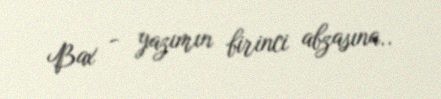
Bax - yazımın birinci abzasına..